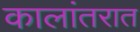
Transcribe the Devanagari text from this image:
कालांतरात